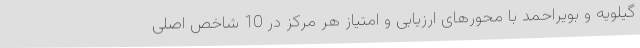
گیلویه و بویراحمد با محورهای ارزیابی و امتیاز هر مرکز در 10 شاخص اصلی